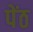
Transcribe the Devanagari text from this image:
पेंठ